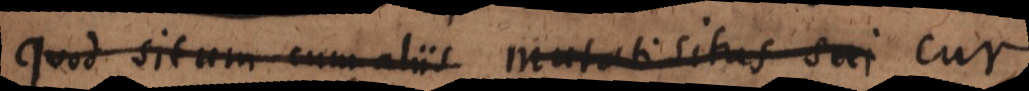
quod situm cum aliis mutati situs sui cur